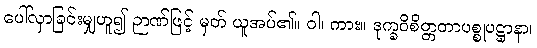
ပေါ်လှာခြင်းမျှဟူ၍ ဉာဏ်ဖြင့် မှတ် ယူအပ်၏။ ဝါ၊ ကား။ ဒုက္ခဝိစိတ္တတာပစ္စုပဋ္ဌာနာ၊